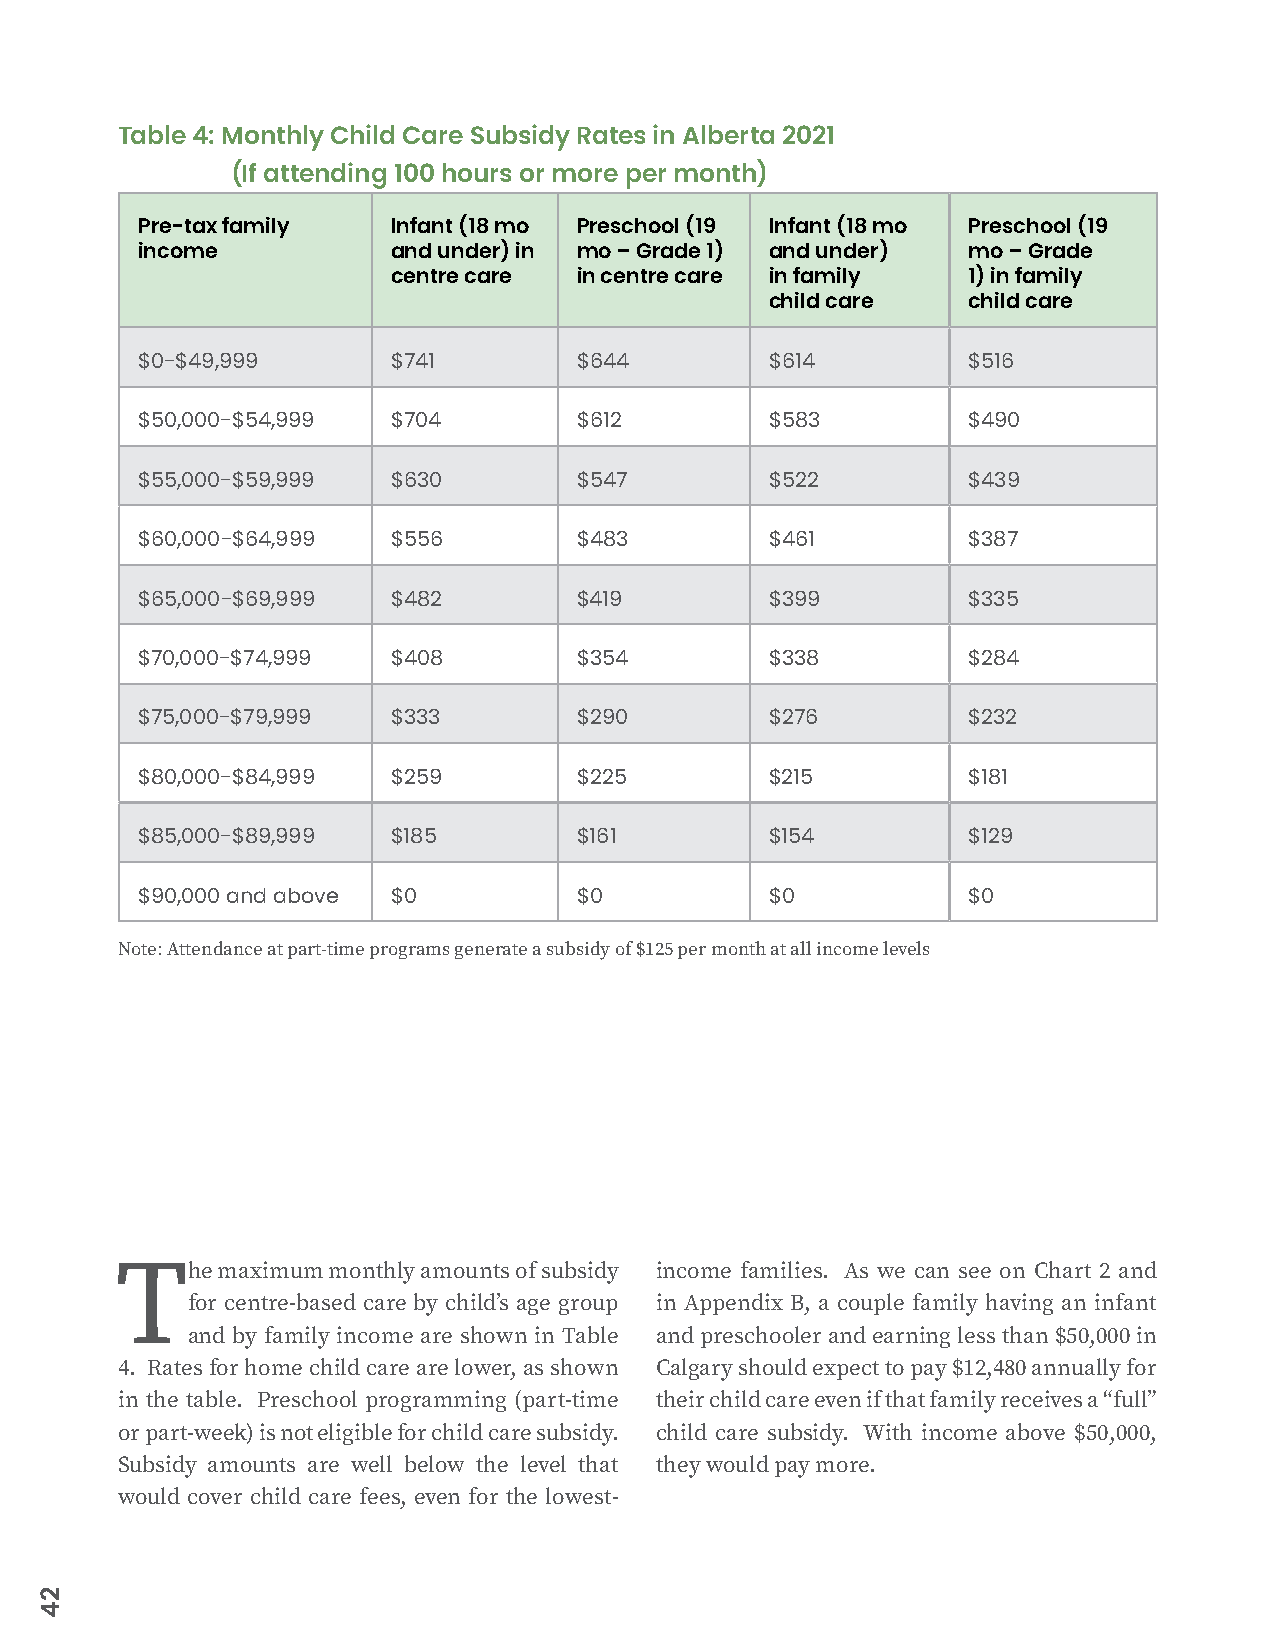
Table 4: Monthly Child Care Subsidy Rates in Alberta 2021
 (If attending 100 hours or more per month)
 Pre-tax family   Infant (18 mo Preschool (19 Infant (18 mo Preschool (19
 income           and under) in mo – Grade 1) and under) mo – Grade
 centre care in centre care in family  1) in family
 child care   child care
 $0-$49,999       $741        $644         $614         $516
 $50,000-$54,999  $704        $612         $583         $490
 $55,000-$59,999  $630        $547         $522         $439
 $60,000-$64,999  $556        $483         $461         $387
 $65,000-$69,999  $482        $419         $399         $335
 $70,000-$74,999  $408        $354         $338         $284
 $75,000-$79,999  $333        $290         $276         $232
 $80,000-$84,999  $259        $225         $215         $181
 $85,000-$89,999  $185        $161         $154         $129
 $90,000 and above $0         $0           $0           $0
 Note: Attendance at part-time programs generate a subsidy of $125 per month at all income levels
 The   maximum monthly amounts of subsidy income families. As we can see on Chart 2 and
 for centre-based care by child’s age group in Appendix B, a couple family having an infant
 and by family income are shown in Table and preschooler and earning less than $50,000 in
 4. Rates for home child care are lower, as shown Calgary should expect to pay $12,480 annually for
 in the table. Preschool programming (part-time their child care even if that family receives a “full”
 or part-week) is not eligible for child care subsidy. child care subsidy. With income above $50,000,
 Subsidy amounts are well below the level that they would pay more.
 would cover child care fees, even for the lowest-
 24